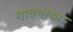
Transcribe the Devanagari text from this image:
गावयाच्या